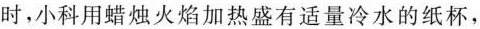
时，小科用蜡烛火焰加热盛有适量冷水的纸杯，